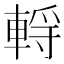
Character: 𰹗